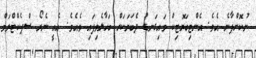
ނުކޮށްފާނެ އެވެ. އެންޓިބަޔޮޓިކް މައިގަނޑު ދެބަޔަކަށް ބަހާލެވިފައި ވެއެވެ. އެއީ ނެރޯ ސްޕެކްޓްރަމް